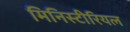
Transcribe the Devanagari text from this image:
मिनिस्टीरियल